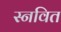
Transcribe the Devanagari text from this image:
स्नवित